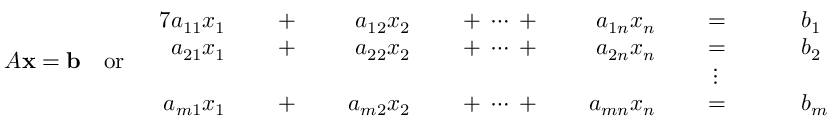
A \mathbf { x } = \mathbf { b } \quad { \mathrm { o r } } \quad { \begin{array} { r l r l r l r l r l r l r l } { { 7 } a _ { 1 1 } x _ { 1 } } & { } & { \; + \; } & { } & { a _ { 1 2 } x _ { 2 } } & { } & { \; + \; \cdots \; + \; } & { } & { a _ { 1 n } x _ { n } } & { } & { \; = \; } & { } & & { b _ { 1 } } \\ { a _ { 2 1 } x _ { 1 } } & { } & { \; + \; } & { } & { a _ { 2 2 } x _ { 2 } } & { } & { \; + \; \cdots \; + \; } & { } & { a _ { 2 n } x _ { n } } & { } & { \; = \; } & { } & & { b _ { 2 } } \\ & { } & & { } & & { } & & { } & & { } & { \vdots \ \; } & { } & & { } \\ { a _ { m 1 } x _ { 1 } } & { } & { \; + \; } & { } & { a _ { m 2 } x _ { 2 } } & { } & { \; + \; \cdots \; + \; } & { } & { a _ { m n } x _ { n } } & { } & { \; = \; } & { } & & { b _ { m } } \end{array} }